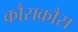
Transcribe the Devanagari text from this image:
कौसकौस